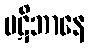
ပဋိဘာနေ